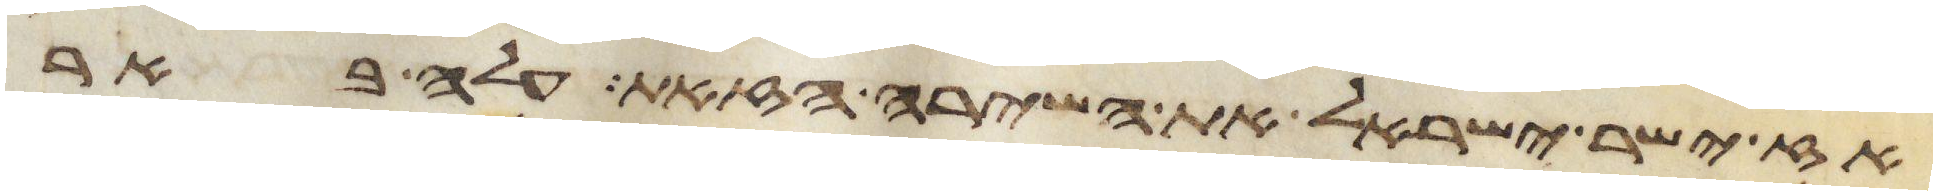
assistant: אז ישיר ישראל את השירה הזאת עלה באר